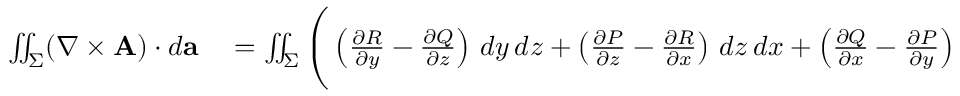
\begin{array} { r l } { \iint _ { \Sigma } ( \nabla \times \mathbf { A } ) \cdot d \mathbf { a } } & { { } = \iint _ { \Sigma } { \Bigg ( } \left( { \frac { \partial R } { \partial y } } - { \frac { \partial Q } { \partial z } } \right) \, d y \, d z + \left( { \frac { \partial P } { \partial z } } - { \frac { \partial R } { \partial x } } \right) \, d z \, d x + \left( { \frac { \partial Q } { \partial x } } - { \frac { \partial P } { \partial y } } \right) \, d x \, d y { \Bigg ) } } \end{array}